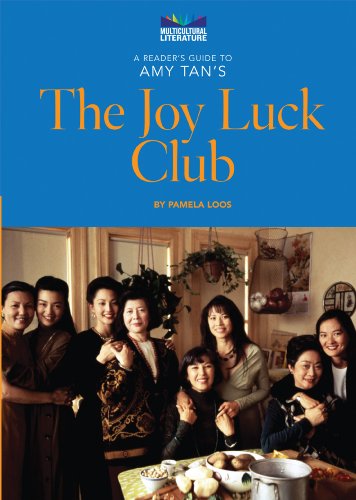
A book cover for A Reader's Guide to Amy Tan's the Joy Luck Club (Multicultural Literature); Pamela Loos; Teen & Young Adult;